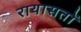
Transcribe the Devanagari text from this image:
रायासतों